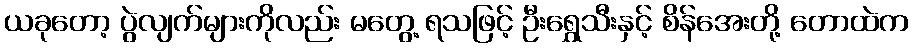
ယခုတော့ ပွဲလျက်များကိုလည်း မတွေ့ ရသဖြင့် ဦးရွှေသီးနှင့် စိန်အေးတို့ တောထဲက